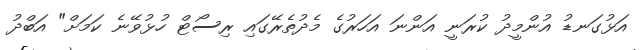
އަޅުގަނޑު އުންމީދު ކުރަނީ އަންނަ އަހަރުގެ މެދުތެރޭގައި ރިސޯޓް ހުޅުވޭނެ ކަމަށް" އަބްދު